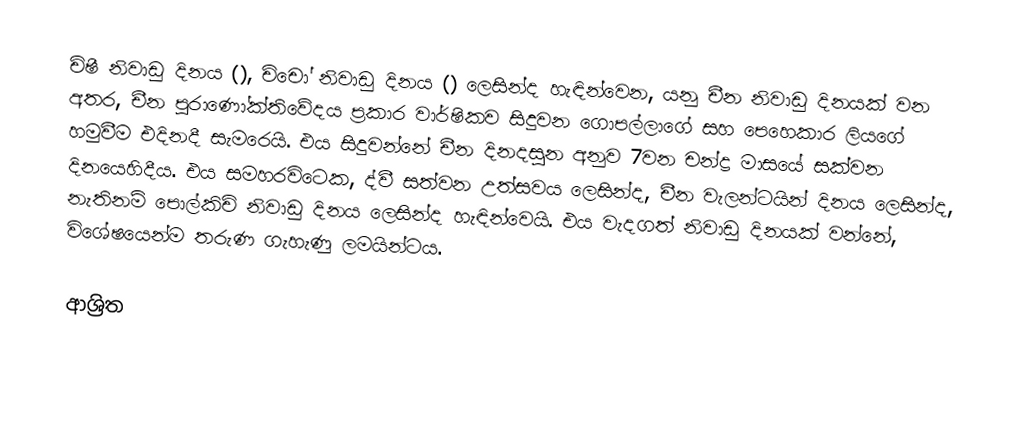
චිෂී නිවාඩු දිනය (), චිචෝ නිවාඩු දිනය () ලෙසින්ද හැඳින්වෙන, යනු චීන නිවාඩු දිනයක් වන අතර,  චීන පුරාණෝක්තිවේදය ප්‍රකාර වාර්ෂිකව සිදුවන ගොපල්ලාගේ සහ පෙහෙකාර ලියගේ හමුවීම එදිනදී සැමරෙයි. එය සිදුවන්නේ චීන දිනදසුන අනුව 7වන චන්ද්‍ර මාසයේ සක්වන දිනයෙහිදීය. එය සමහරවිටෙක, ද්වී සත්වන උත්සවය ලෙසින්ද, චීන වැලන්ටයින් දිනය ලෙසින්ද, නැතිනම් පොල්කිචි නිවාඩු දිනය ලෙසින්ද හැඳින්වෙයි. එය වැදගත් නිවාඩු දිනයක් වන්නේ, විශේෂයෙන්ම තරුණ ගැහැණු ලමයින්ටය.

ආශ්‍රිත